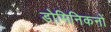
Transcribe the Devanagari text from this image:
डोमिनिकनों